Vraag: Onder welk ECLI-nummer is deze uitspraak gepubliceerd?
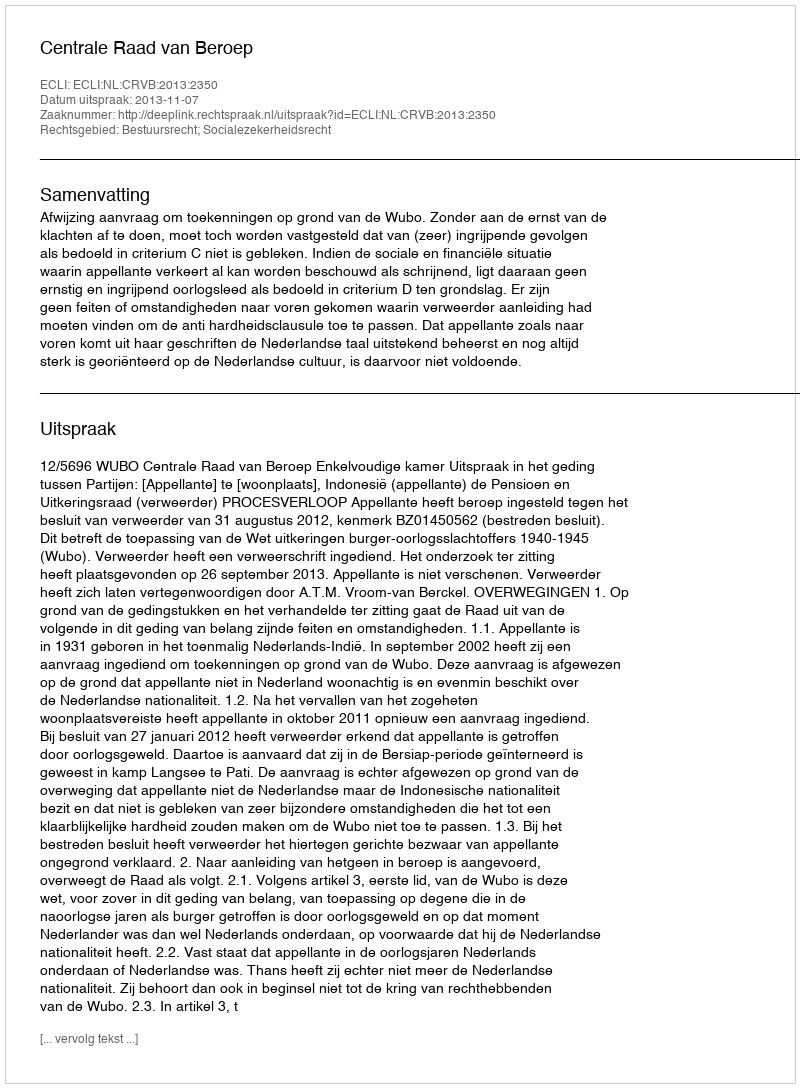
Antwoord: ECLI:NL:CRVB:2013:2350